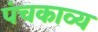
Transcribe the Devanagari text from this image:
पंचकाव्य